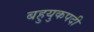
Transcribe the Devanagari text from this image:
बहुयुकपदी